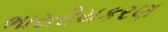
ભારતીયકરણ